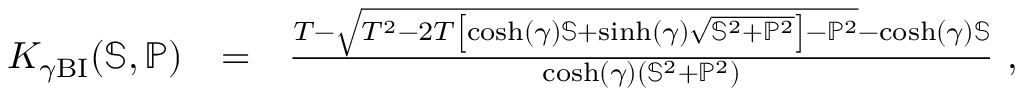
\begin{array} { r l r } { K _ { \gamma \mathrm { B I } } ( \mathbb { S } , \mathbb { P } ) } & { = } & { \frac { T - \sqrt { T ^ { 2 } - 2 T \left[ \cosh ( \gamma ) \mathbb { S } + \sinh ( \gamma ) \sqrt { \mathbb { S } ^ { 2 } + \mathbb { P } ^ { 2 } } \right] - \mathbb { P } ^ { 2 } } - \cosh ( \gamma ) \mathbb { S } } { \cosh ( \gamma ) ( \mathbb { S } ^ { 2 } + \mathbb { P } ^ { 2 } ) } ~ , ~ ~ ~ ~ ~ ~ } \end{array}